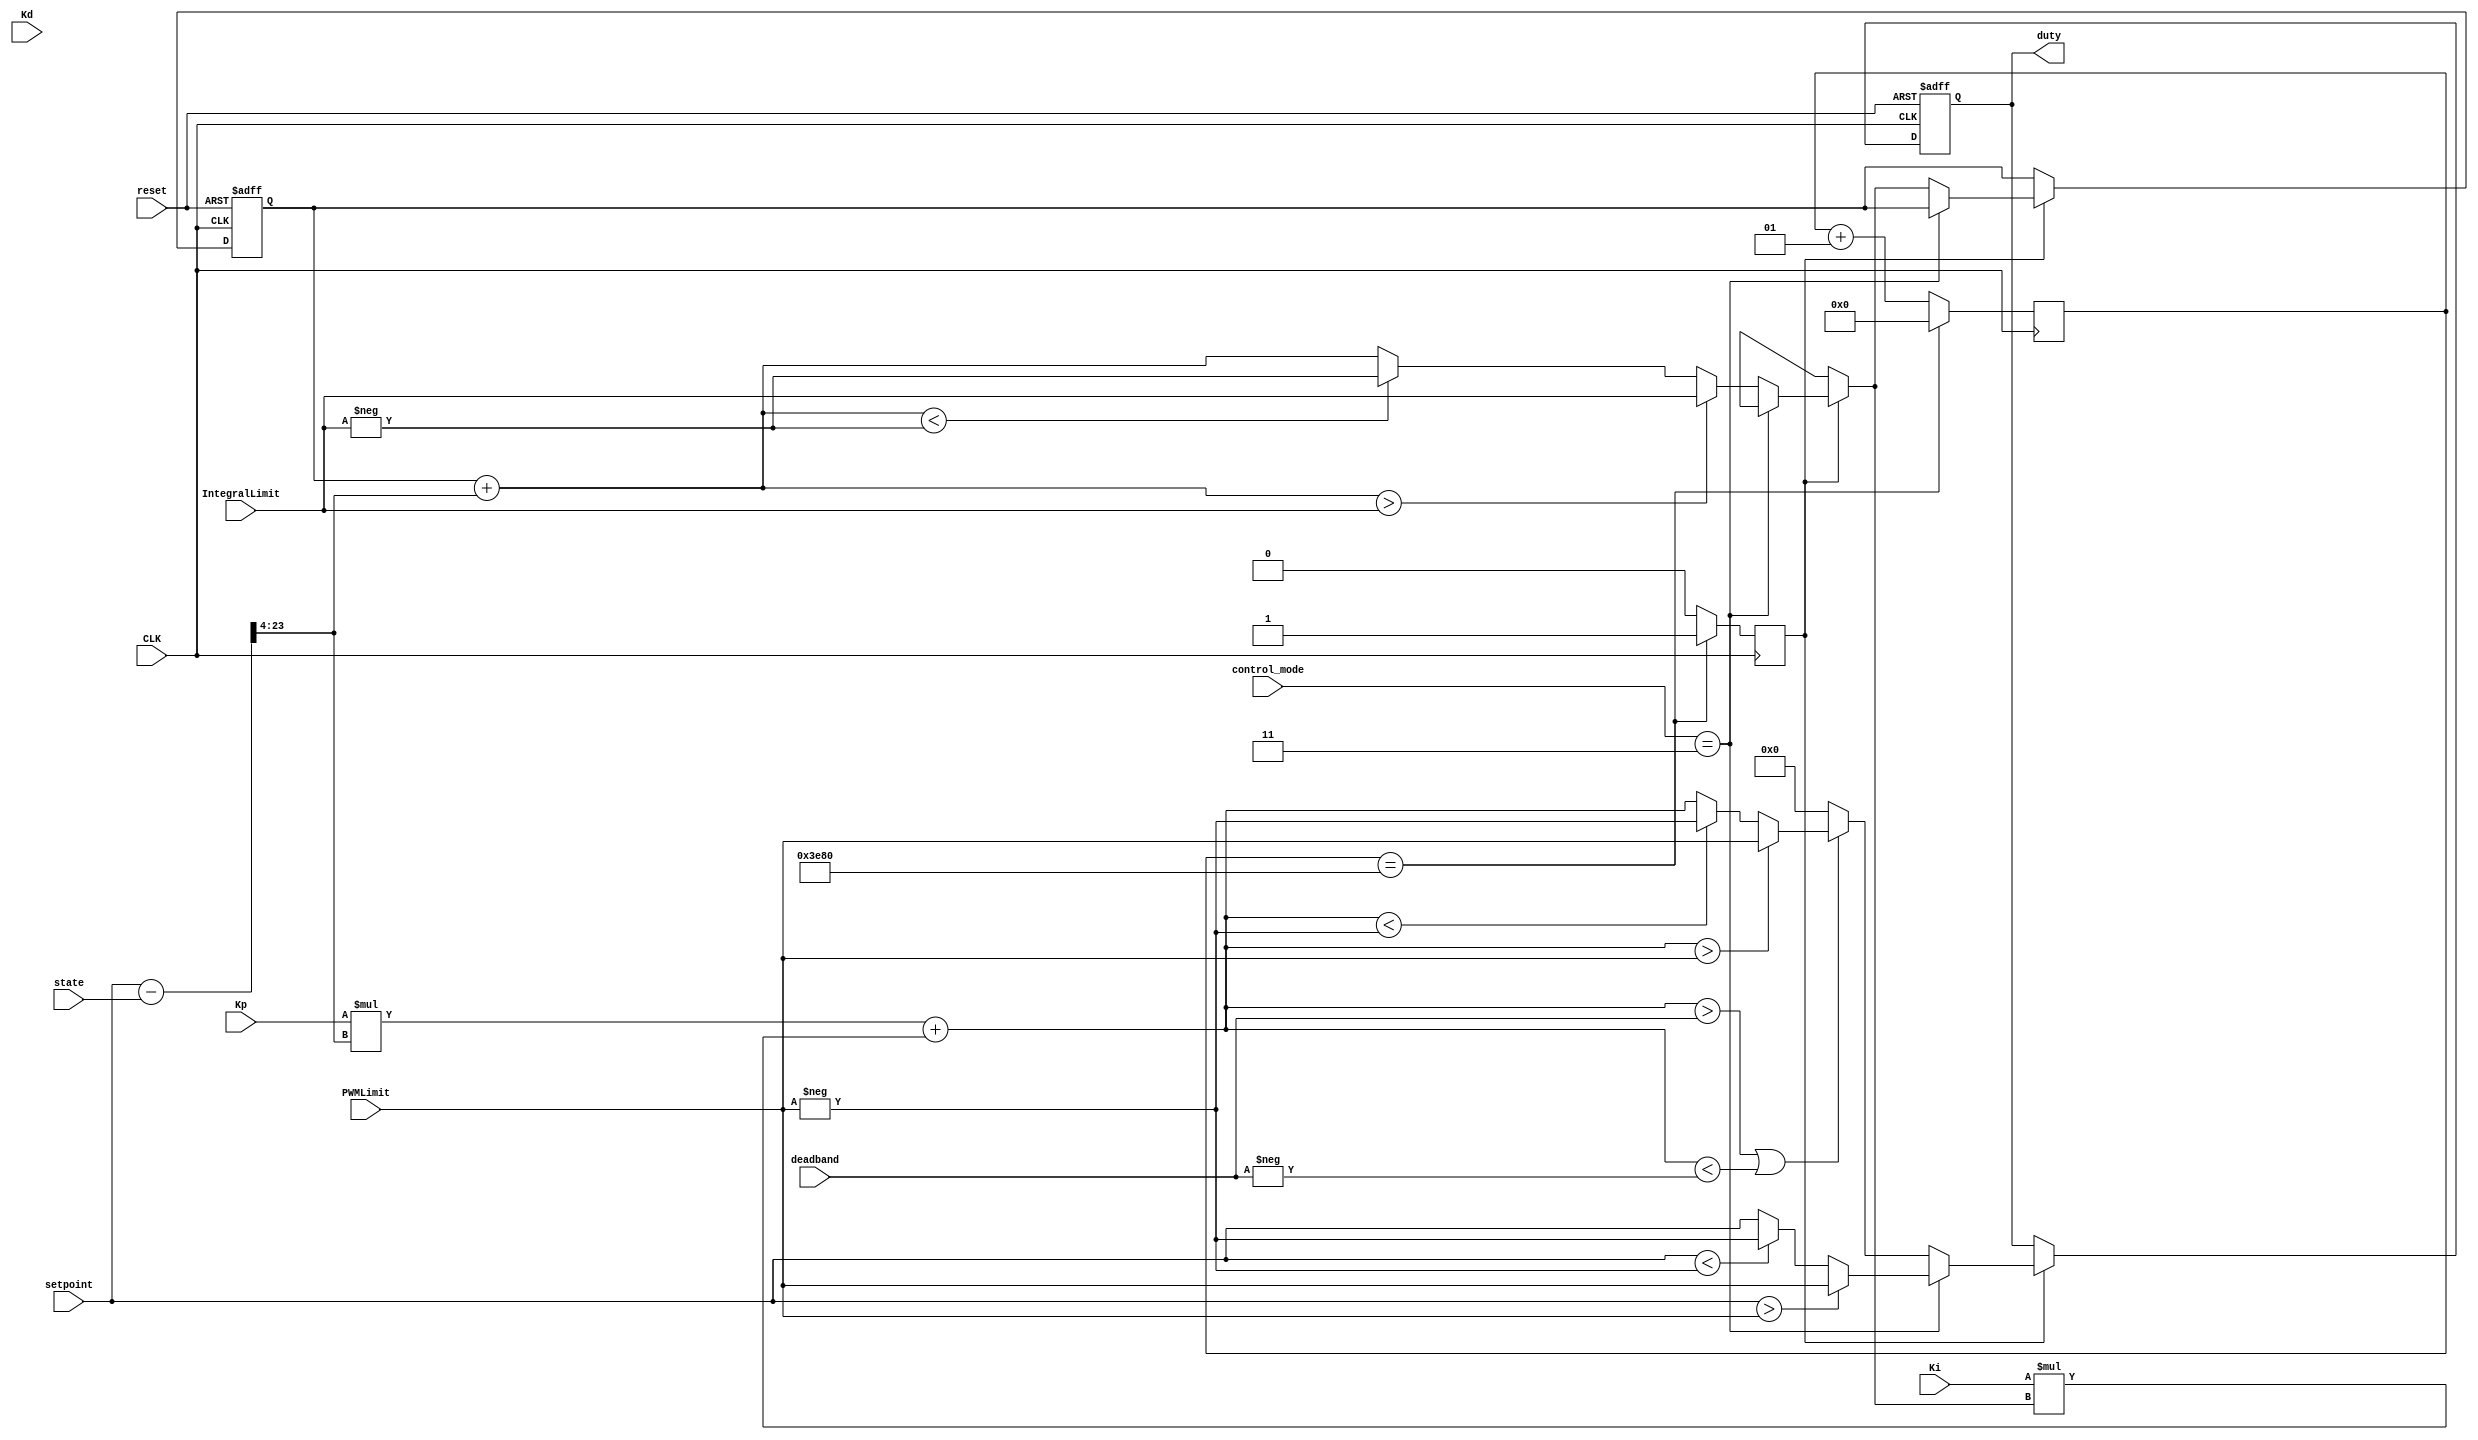
module motorControl(
    input CLK,
    input reset,
    output signed [23:0] duty,
    input signed [23:0] setpoint,
    input signed [23:0] state,
    input signed [23:0] Kp,
    input signed [23:0] Ki,
    input signed [23:0] Kd,
    input signed [23:0] PWMLimit,
    input signed [23:0] IntegralLimit,
    input signed [23:0] deadband,
    input [7:0] control_mode
  );

  localparam  CLOCK_FREQ = 16_000_000;
  localparam  CONTROL_FREQ = 1000;

  reg signed [23:0] result;
  assign duty = result;
  reg control_update;
  integer counter;

  always @ ( posedge CLK ) begin
    counter <= counter+1;
    control_update <= 0;
    if(counter==(CLOCK_FREQ/CONTROL_FREQ))begin
      counter <= 0;
      control_update <= 1;
    end
  end

  always @ ( posedge CLK , posedge reset) begin: PID_CONTROLLER
    reg signed [23:0] err;
    reg signed [23:0] err_prev;
    reg signed [23:0] integral;
    if(reset)begin
      err = 0;
      err_prev <= 0;
      result = 0;
      integral = 0;
    end else begin
      if(control_update)begin
        if(control_mode==3) begin
            if(setpoint>PWMLimit)begin
              result = PWMLimit;
            end else if(setpoint<-PWMLimit)begin
              result = -PWMLimit;
            end else begin
              result = setpoint;
            end
        end else begin
          err = (setpoint-state);
          err = err>>>4;
          integral = integral+err;
          if(integral>IntegralLimit) begin
            integral = IntegralLimit;
          end else if(integral<-IntegralLimit) begin
            integral = -IntegralLimit;
          end
          result = Kp*err + Ki*integral;
          if((result>deadband) || (result < -deadband))begin
            if(result>PWMLimit)begin
              result = PWMLimit;
            end else if(result<-PWMLimit)begin
              result = -PWMLimit;
            end
          end else begin
            result = 0;
          end
        end
      end
    end
  end

endmodule